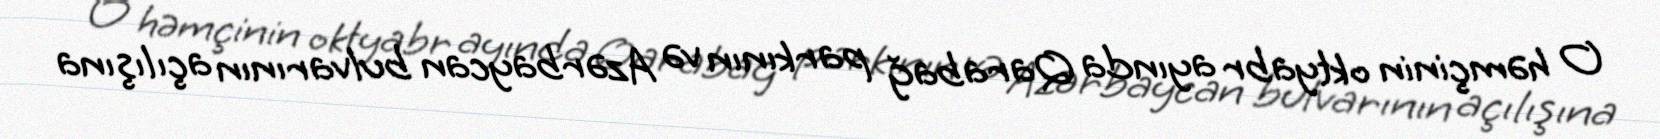
O həmçinin oktyabr ayında Qarabağ parkının və Azərbaycan bulvarının açılışına